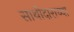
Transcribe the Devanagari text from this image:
साथीदाराच्या